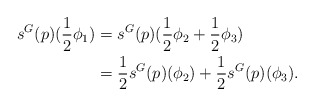
\begin{align*}s^G(p)(\frac{1}{2}\phi_1)&=s^G(p)(\frac{1}{2}\phi_2+\frac{1}{2}\phi_3)\\&=\frac{1}{2}s^G(p)(\phi_2)+\frac{1}{2}s^G(p)(\phi_3).\\\end{align*}